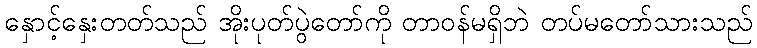
နှောင့်နှေးတတ်သည် အိုးပုတ်ပွဲတော်ကို တာဝန်မရှိဘဲ တပ်မတော်သားသည်